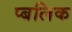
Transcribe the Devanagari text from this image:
प्बलिक